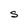
Character: S